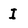
Character: I